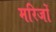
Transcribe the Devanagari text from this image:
मरिजों